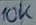
Text: 10K